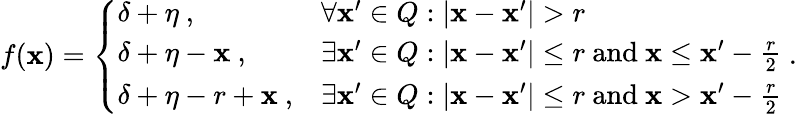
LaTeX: f(\mathbf x)=\left\{ \begin{array}{ll}{\delta+\eta~,}&{\forall\mathbf x^{\prime}\in Q:|\mathbf x-\mathbf x^{\prime}|>r}\\ {\delta+\eta-\mathbf x~,}&{\exists\mathbf x^{\prime}\in Q:|\mathbf x-\mathbf x^{\prime}|\leq r\textnormal{~~and~~}\mathbf x\leq\mathbf x^{\prime}-\frac{r}{2}}\\ {\delta+\eta-r+\mathbf x~,}&{\exists\mathbf x^{\prime}\in Q:|\mathbf x-\mathbf x^{\prime}|\leq r\textnormal{~~and~~}\mathbf x>\mathbf x^{\prime}-\frac{r}{2}}\end{array}\right.~.